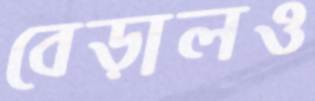
বেড়ালও